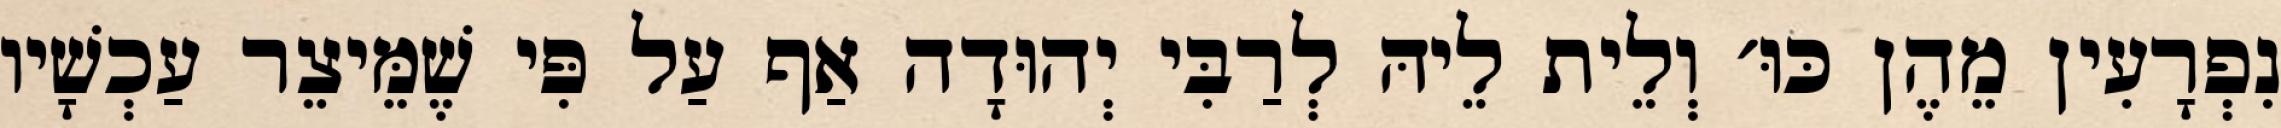
נִפְרָעִין מֵהֶן כּוּ׳ וְלֵית לֵיהּ לְרַבִּי יְהוּדָה אַף עַל פִּי שֶׁמֵּיצֵר עַכְשָׁיו